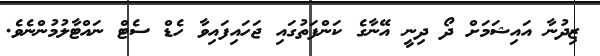
ޒިދުނާ އައިޝަމަށް ދޯ ދިނީ އޭނާގެ ކަންފަތުގައި ޖަހައިފައިވާ ހެޑް ސެޓް ނައްޓާލުމުންނެވެ.